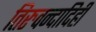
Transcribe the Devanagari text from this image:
तिरुवन्दादिही